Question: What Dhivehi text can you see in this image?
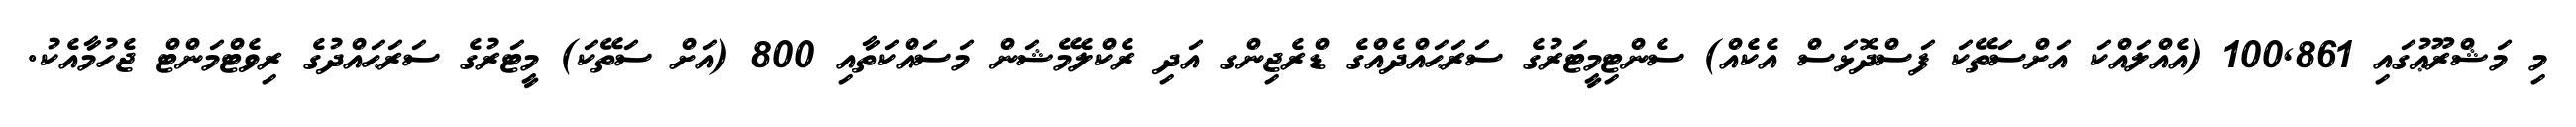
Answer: މި މަޝްރޫޢުގައި 100,861 (އެއްލައްކަ އަށްސަތޭކަ ފަސްދޮޅަސް އެކެއް) ސެންޓިމީޓަރުގެ ސަރަޙައްދެއްގެ ޑްރެޖިންގ އަދި ރެކްލެމޭޝަން މަސައްކަތާއި 800 (އަށް ސަތޭކަ) މީޓަރުގެ ސަރަޙައްދުގެ ރިވެޓްމަންޓް ޖެހުމާއެކު.